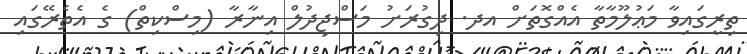
ތިރީގައިވާ މަޢުލޫމާތާ އެއްގޮތަށް އދ. ދިގުރަށު މަސްޖިދުލް އިނާރާ (މިސްކިތް) ގެ އެތެރޭގައި